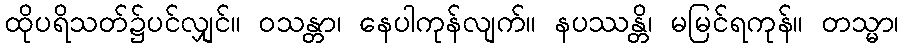
ထိုပရိသတ်၌ပင်လျှင်။ ဝသန္တာ၊ နေပါကုန်လျက်။ နပဿန္တိ၊ မမြင်ရကုန်။ တသ္မာ၊